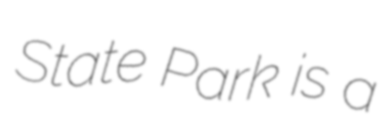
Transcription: State Park is a